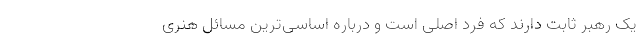
یک رهبر ثابت دارند که فرد اصلی است و درباره اساسی‌ترین مسائل هنری